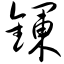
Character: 镧